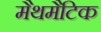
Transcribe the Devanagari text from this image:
मैथमैटिक